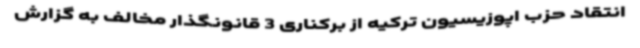
انتقاد حزب اپوزیسیون ترکیه از برکناری 3 قانونگذار مخالف به گزارش